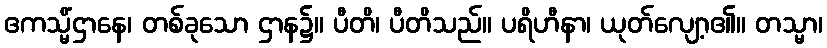
ဧကသ္မိံဌာနေ၊ တစ်ခုသော ဌာန၌။ ပီတိ၊ ပီတိသည်။ ပရိဟီနာ၊ ယုတ်လျော့၏။ တသ္မာ၊